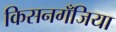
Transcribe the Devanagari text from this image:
किसनगॅँजिया